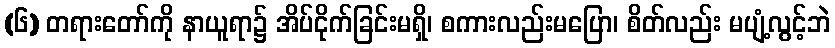
(၆) တရားတော်ကို နာယူရာ၌ အိပ်ငိုက်ခြင်းမရှိ၊ စကားလည်းမပြော၊ စိတ်လည်း မပျံ့လွင့်ဘဲ